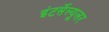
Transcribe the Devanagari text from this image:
इंटर्सेल्यूलर